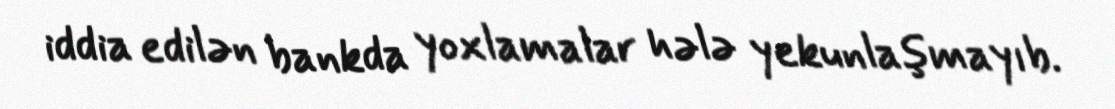
iddia edilən bankda yoxlamalar hələ yekunlaşmayıb.